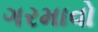
ગરમાવો